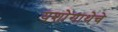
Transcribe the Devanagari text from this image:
यशोगाथेचे